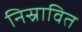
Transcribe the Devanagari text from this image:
निस्रावित